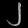
Digit: ၂